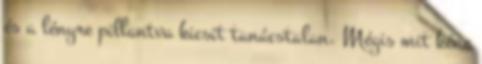
és a lényre pillantva kicsit tanácstalan. Mégis mit kéne